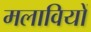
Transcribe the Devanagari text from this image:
मलावियों